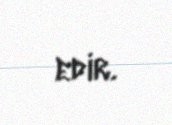
edir.